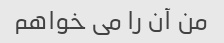
من آن را می خواهم